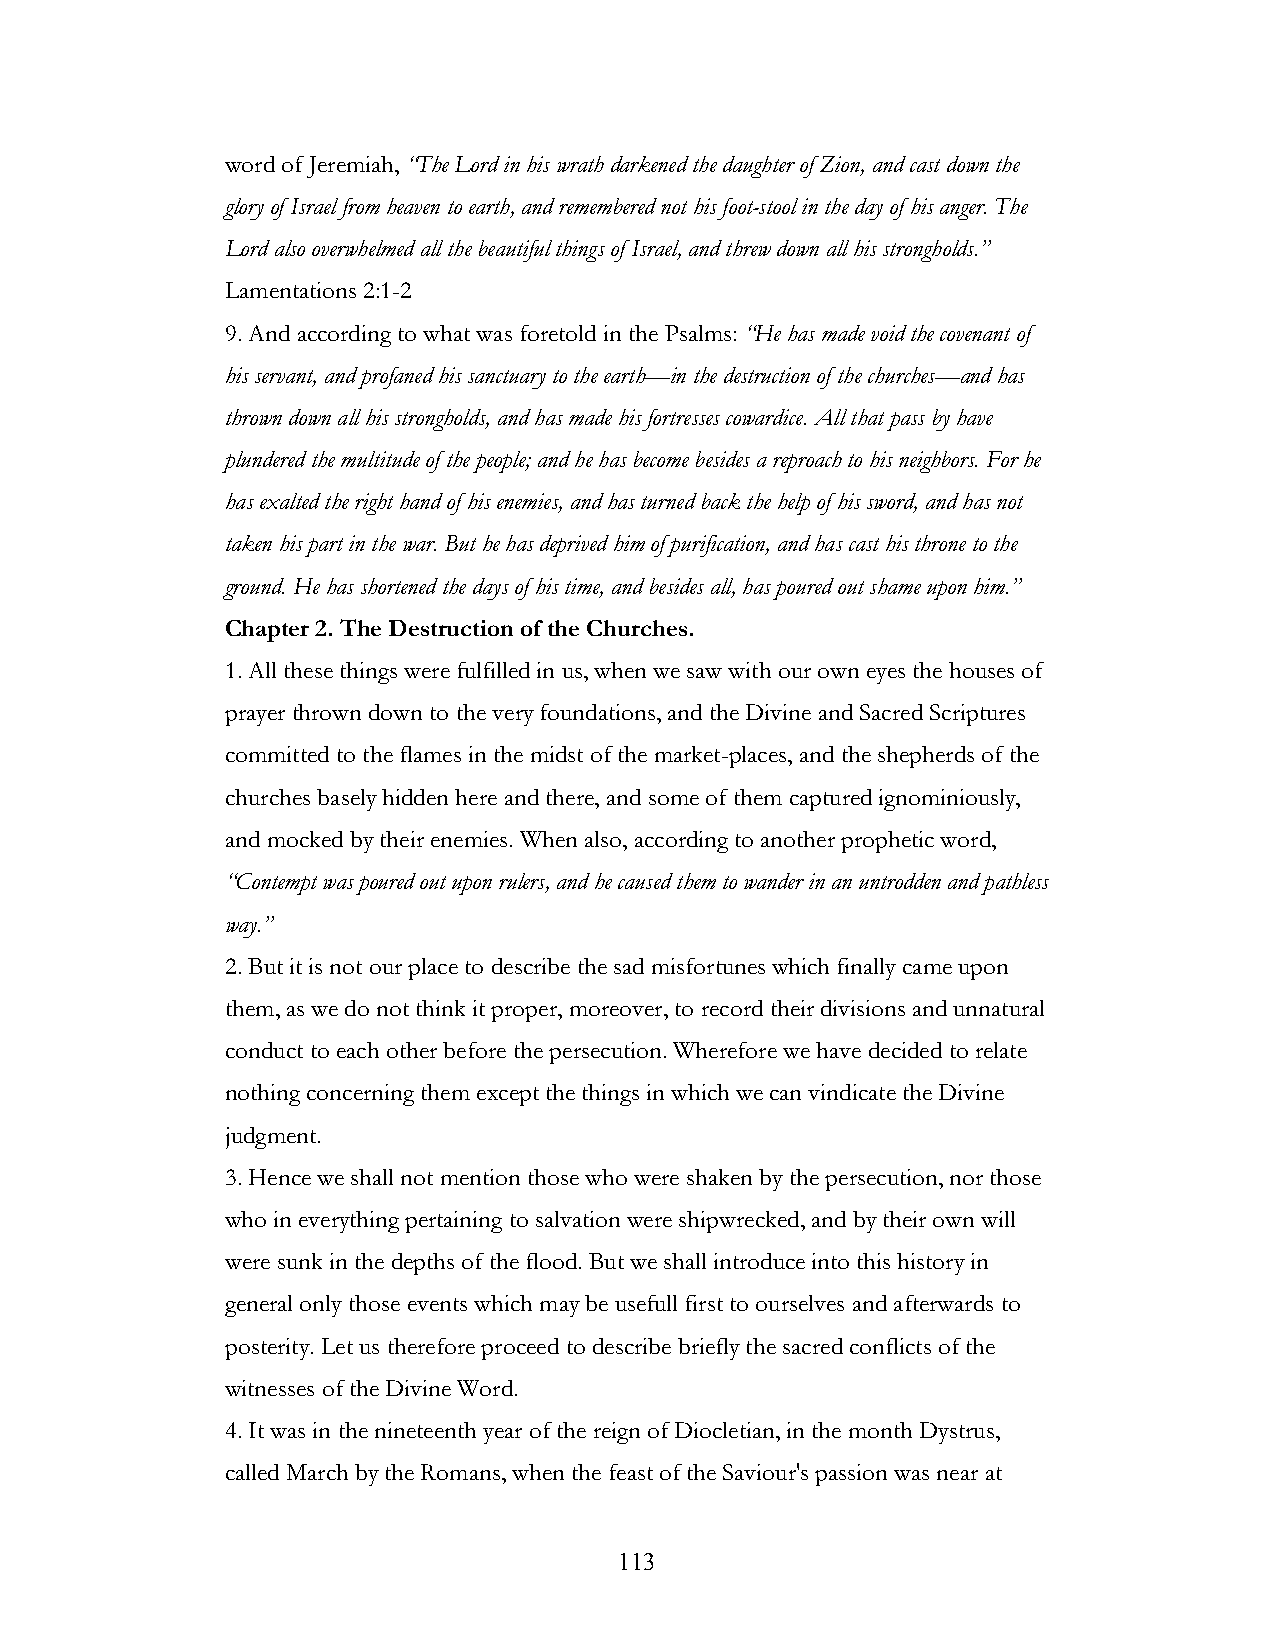
word of Jeremiah, “The Lord in his wrath darkened the daughter of Zion, and cast down the
 glory of Israel from heaven to earth, and remembered not his foot-stool in the day of his anger. The
 Lord also overwhelmed all the beautiful things of Israel, and threw down all his strongholds.”
 Lamentations 2:1-2
 9. And according to what was foretold in the Psalms: “He has made void the covenant of
 his servant, and profaned his sanctuary to the earth—in the destruction of the churches—and has
 thrown down all his strongholds, and has made his fortresses cowardice. All that pass by have
 plundered the multitude of the people; and he has become besides a reproach to his neighbors. For he
 has exalted the right hand of his enemies, and has turned back the help of his sword, and has not
 taken his part in the war. But he has deprived him of purification, and has cast his throne to the
 ground. He has shortened the days of his time, and besides all, has poured out shame upon him.”
 Chapter 2. The Destruction of the Churches.
 1. All these things were fulfilled in us, when we saw with our own eyes the houses of
 prayer thrown down to the very foundations, and the Divine and Sacred Scriptures
 committed to the flames in the midst of the market-places, and the shepherds of the
 churches basely hidden here and there, and some of them captured ignominiously,
 and mocked by their enemies. When also, according to another prophetic word,
 “Contempt was poured out upon rulers, and he caused them to wander in an untrodden and pathless
 way.”
 2. But it is not our place to describe the sad misfortunes which finally came upon
 them, as we do not think it proper, moreover, to record their divisions and unnatural
 conduct to each other before the persecution. Wherefore we have decided to relate
 nothing concerning them except the things in which we can vindicate the Divine
 judgment.
 3. Hence we shall not mention those who were shaken by the persecution, nor those
 who in everything pertaining to salvation were shipwrecked, and by their own will
 were sunk in the depths of the flood. But we shall introduce into this history in
 general only those events which may be usefull first to ourselves and afterwards to
 posterity. Let us therefore proceed to describe briefly the sacred conflicts of the
 witnesses of the Divine Word.
 4. It was in the nineteenth year of the reign of Diocletian, in the month Dystrus,
 called March by the Romans, when the feast of the Saviour's passion was near at
 !                         113